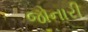
જોનારી